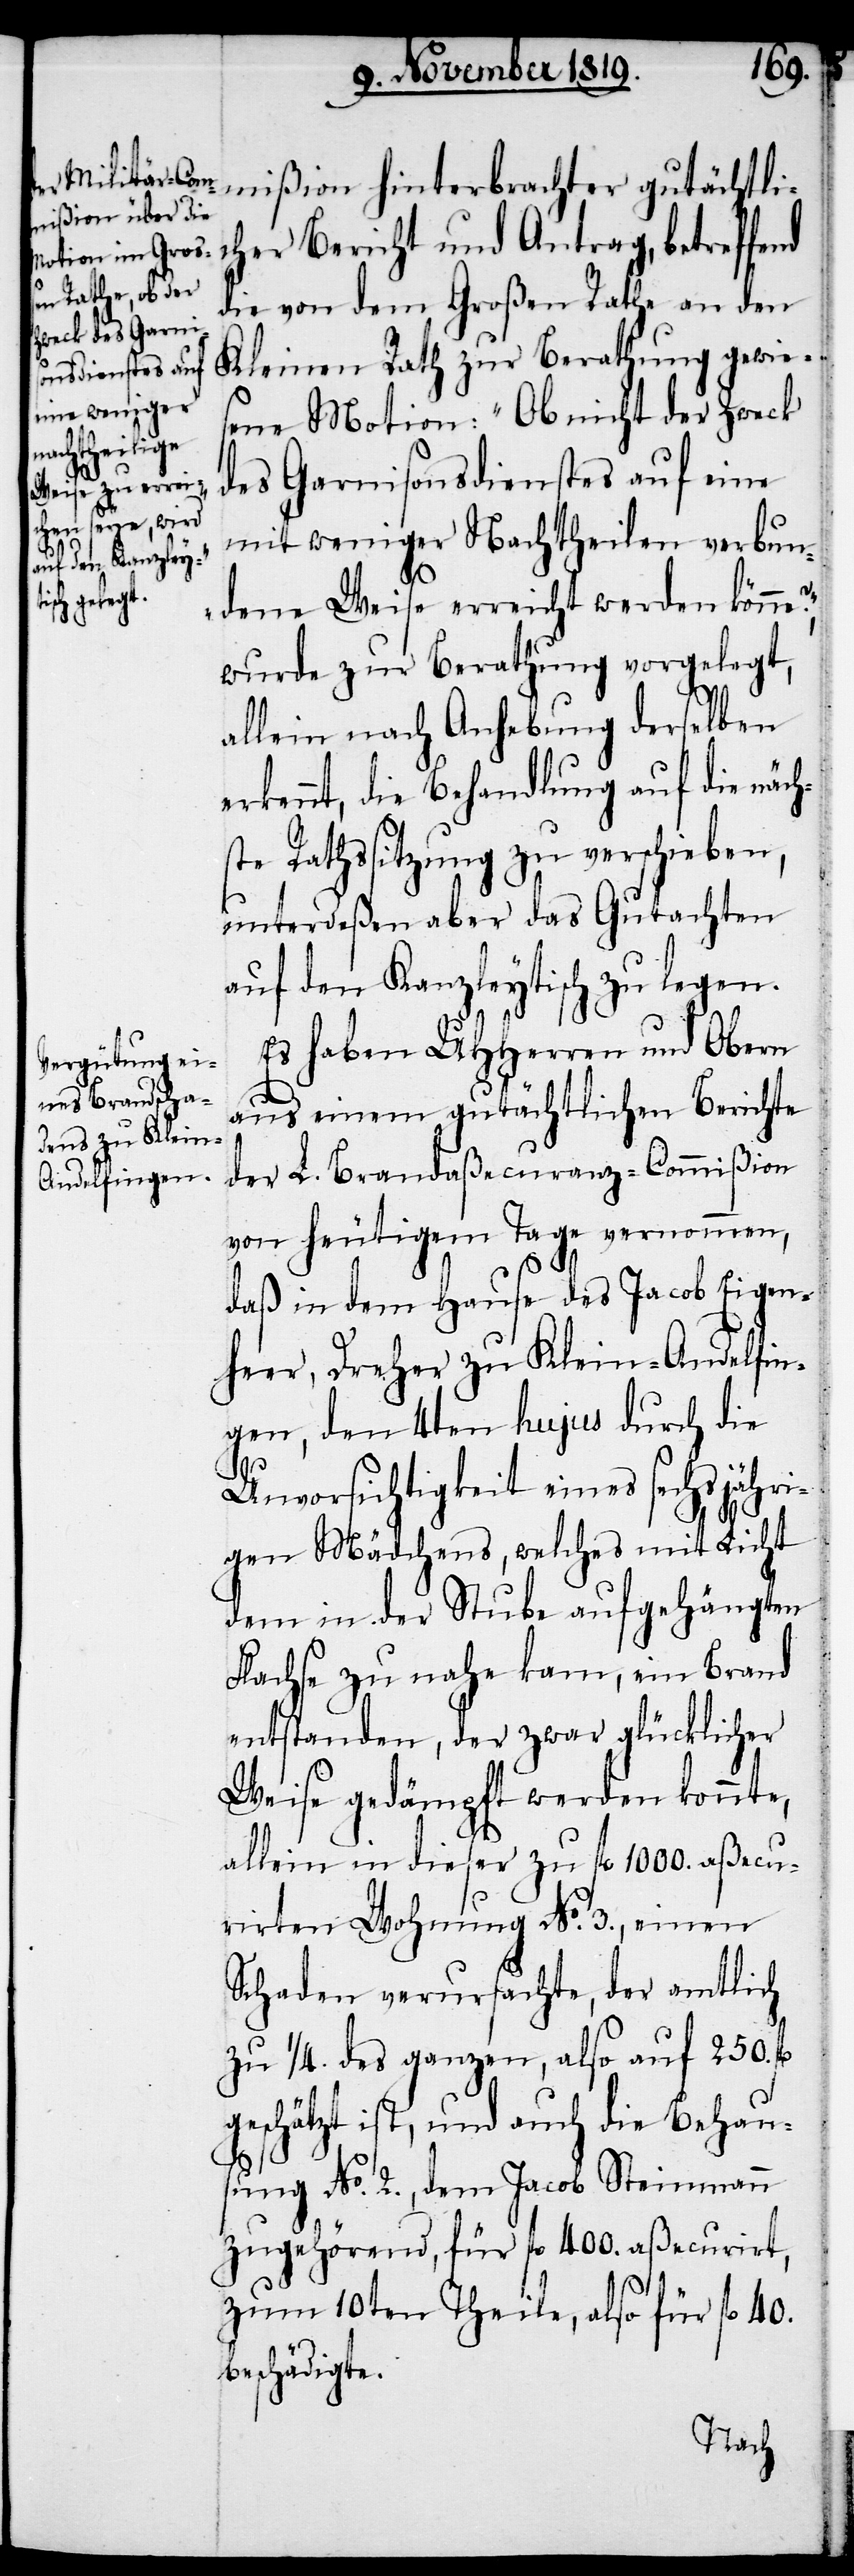
e?“,

mißion hinterbrachter gutächtli¬
cher Bericht und Antrag, betreffend
die von dem Großen Rathe an den
Kleinen Rath zur Berathung gewies¬
ene Motion: „Ob nicht der Zweck
des Garnisonsdienstes auf eine
mit weniger Nachtheilen verbun¬
dene Weise erreicht werden könn¬
wurde zur Berathung vorgelegt,
allein nach Anhebung derselben
erkennt, die Behandlung auf die näch¬
ste Rathssitzung zu verschieben,
unterdeßen aber das Gutachten
auf den Kanzleytisch zu legen.
Es haben UHHerren und Obern
aus einem gutächtlichen Berichte
der L. Brandaßecuranz-Commißion
von heutigem Tage vernommen,
daß in dem Hause des Jacob Eigen¬
heer, Dreher zu Klein-Andelfin¬
gen, den 4ten hujus durch die
Unvorsichtigkeit eines sechsjähri¬
gen Mädchens, welches mit Licht
dem in der Stube aufgehängten
Flachse zu nahe kam, ein Brand
entstanden, der zwar glücklicher
Weise gedämpft werden konnte,
allein in dieser zu fl. 1000. aßecu¬
rirten Wohnung No. 3., einen
Schaden verursachte, der amtlich
zu ¼. des ganzen, also auf 250.
geschätzt ist, und auch die Behau¬
sung No. 2., dem Jacob Steinmann
zugehörend, für fl. 400. aßecurirt,
zum 10ten Theile, also für fl. 40.
beschädigte.